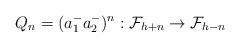
\begin{align*}Q_n=(a^-_1 a^-_2)^n:{\cal F}_{h+n}\rightarrow {\cal F}_{h-n}\end{align*}